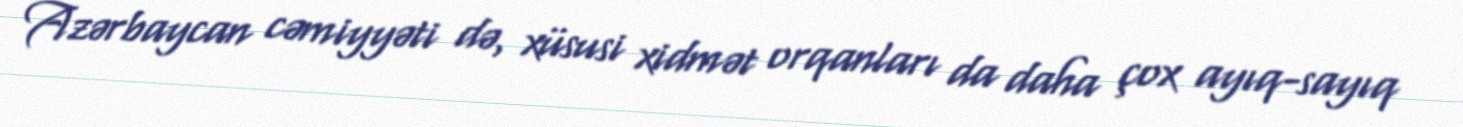
Azərbaycan cəmiyyəti də, xüsusi xidmət orqanları da daha çox ayıq-sayıq